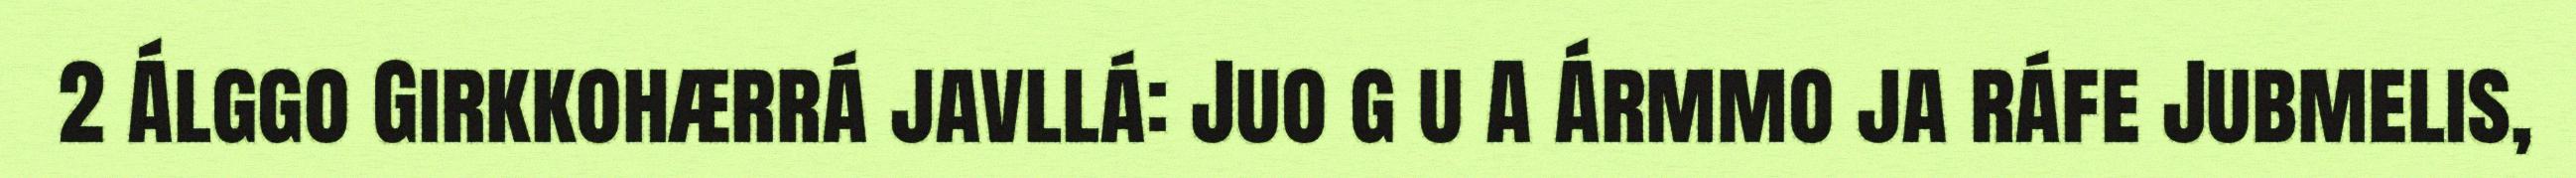
2 Álggo Girkkohærrá javllá: Juo g u A Ármmo ja ráfe Jubmelis,